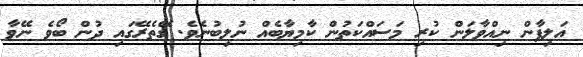
އަލިފާން ނިއްވާލަން ކުރި މަސައްކަތުން ކާމިޔާބެއް ނުލިބުނެވެ. ގޭތެރޭގައި ދުން ބޯވެ ނޭވާ